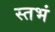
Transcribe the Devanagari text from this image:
स्तभं